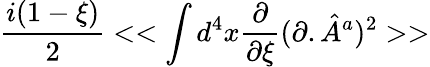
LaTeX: \frac{i(1-\xi)}{2}<<\int d^{4}x\frac{\partial}{\partial\xi}(\partial.{\hat{A}}^{a})^{2}>>